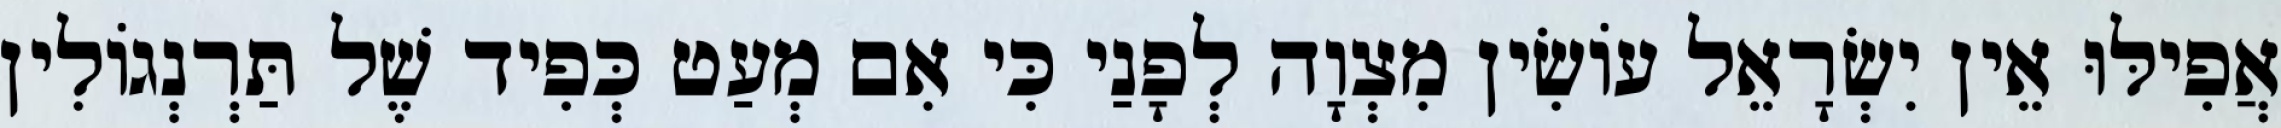
אֲפִילּוּ אֵין יִשְׂרָאֵל עוֹשִׂין מִצְוָה לְפָנַי כִּי אִם מְעַט כְּפִיד שֶׁל תַּרְנְגוֹלִין